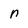
Character: n